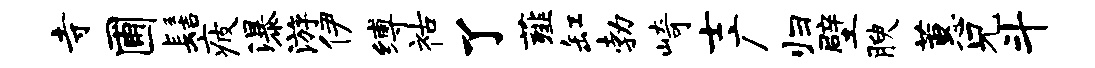
寺圃髻疲瀑游伊缚祜了薤缸勃崎士广归壁腴蕙兄斗